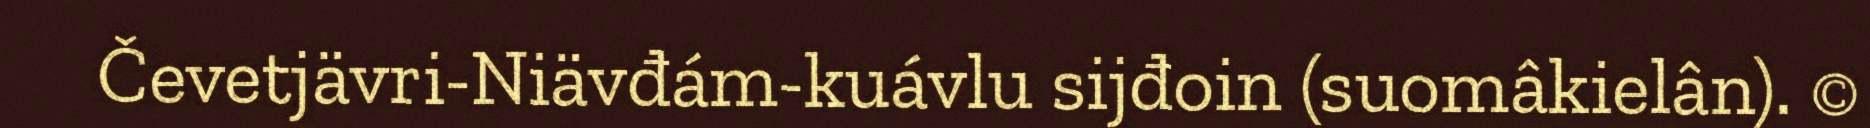
Čevetjävri-Niävđám-kuávlu sijđoin (suomâkielân). ©